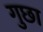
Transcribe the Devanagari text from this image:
गुछा